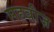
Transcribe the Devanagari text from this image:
सहवीज